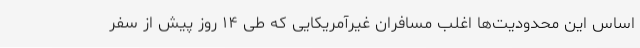
اساس این محدودیت‌ها اغلب مسافران غیرآمریکایی که طی ۱۴ روز پیش از سفر